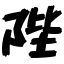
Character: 陛